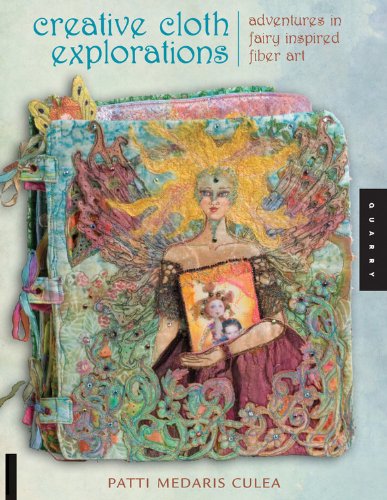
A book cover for Creative Cloth Explorations: Adventures in Fairy-Inspired Fiber Art; Patti Medaris Culea; Crafts, Hobbies & Home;